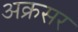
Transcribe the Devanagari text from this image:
अक्रसर